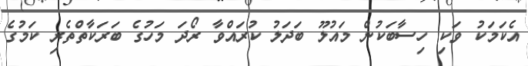
އެކަމަކު ވަކި ހިސާބަކުން މައުލޫ ބަދަލު ކުރައްވާ ރޯދަ މަހުގެ ބަރަކާތްތެރި ކަމުގެ